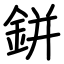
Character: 鉼